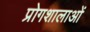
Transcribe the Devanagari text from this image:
प्रोगशालाओं